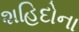
શહિદોના